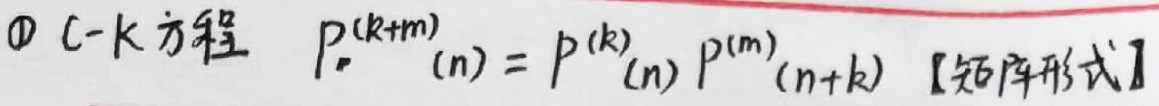
\textcircled{1} C - K 方程 \(P^{(k + m)}(n)=P^{(k)}(n)P^{(m)}(n + k)\) 【矩阵形式】